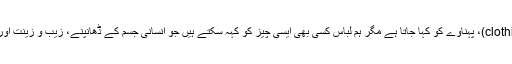
لباس عرف عام میں لباس یا پوشاک (clothing)، پہناوے کو کہا جاتا ہے مگر ہم لباس کسی بھی ایسی چیز کو کہہ سکتے ہیں جو انسانی جسم کے ڈھانپنے، زیب و زینت اور موسمی اثرات سے بچانے کے کام آئے۔